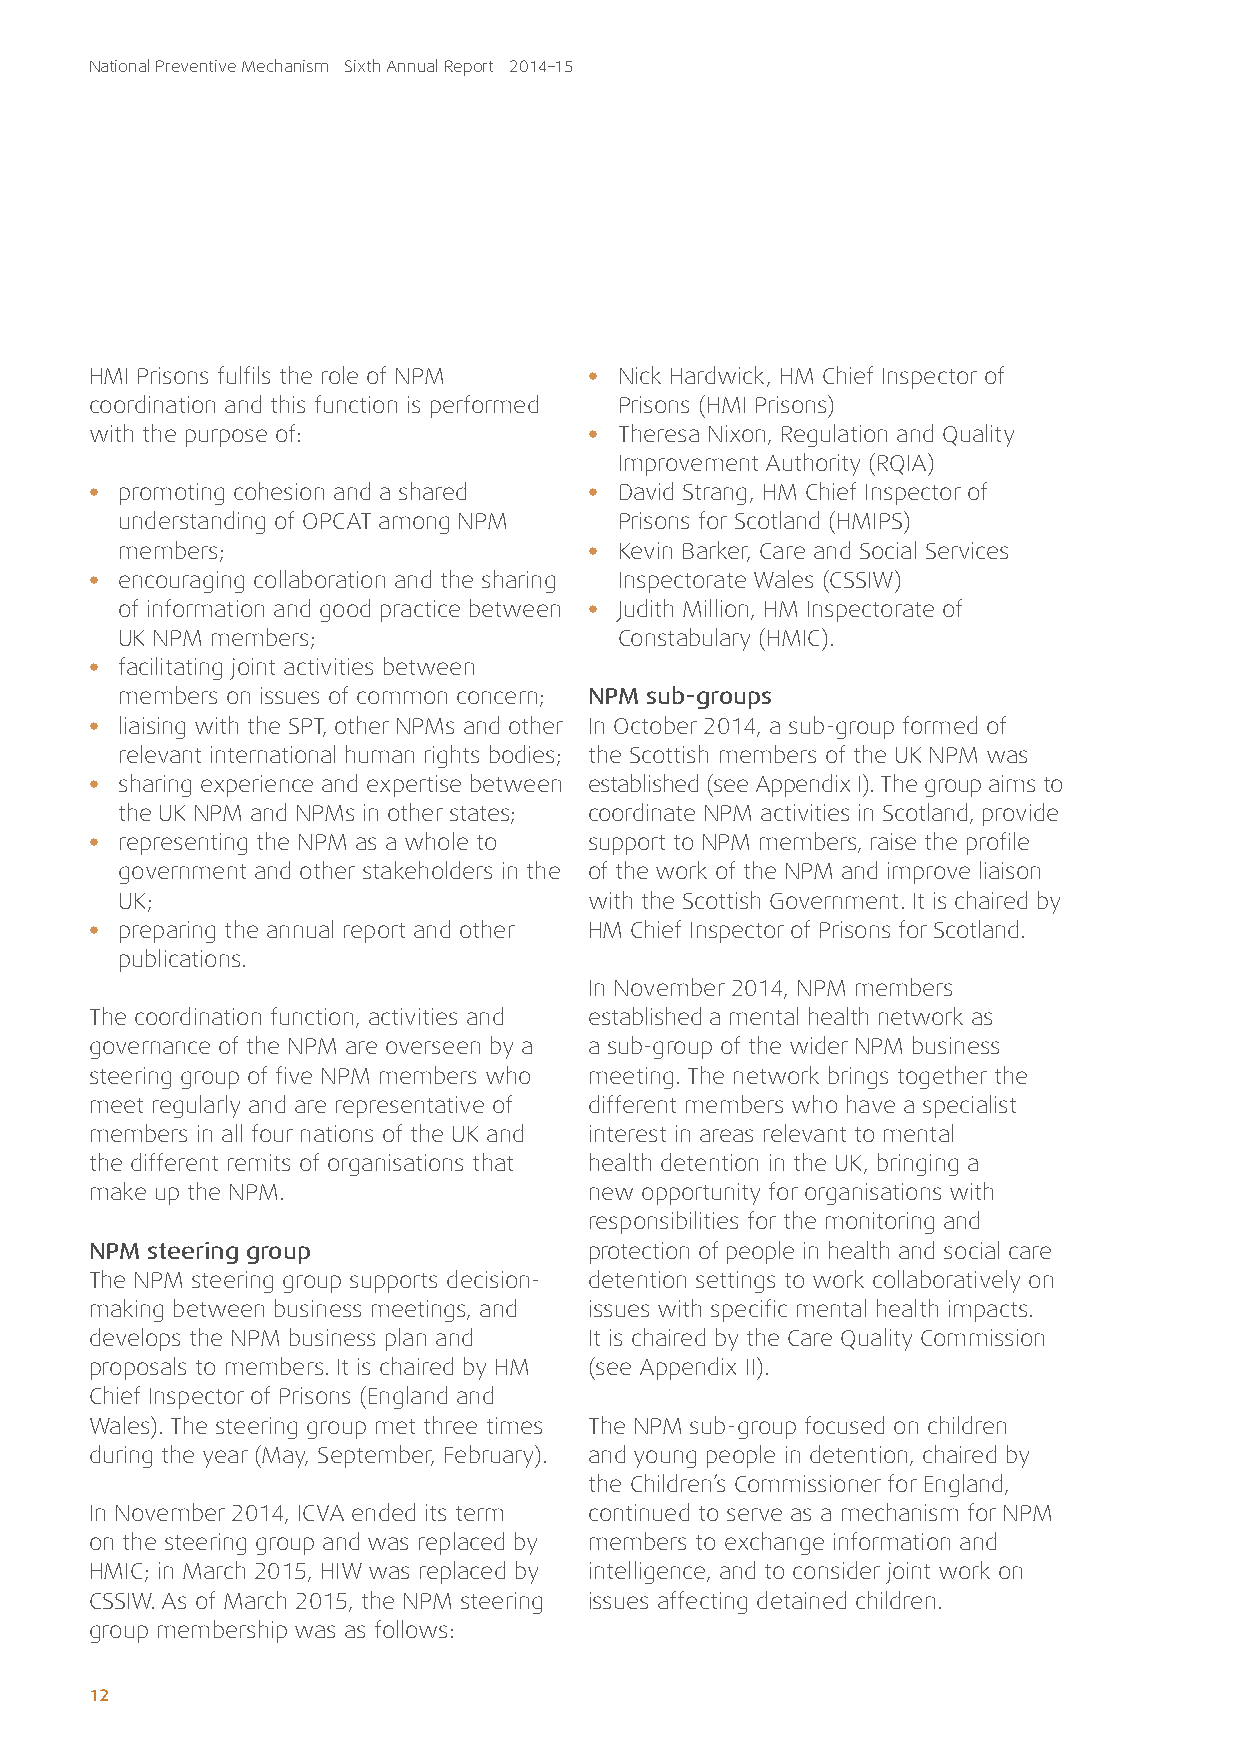
National Preventive Mechanism Sixth Annual Report 2014–15
 HMI Prisons fulfils the role of NPM • Nick Hardwick, HM Chief Inspector of
 coordination and this function is performed Prisons (HMI Prisons)
 with the purpose of:             • Theresa Nixon, Regulation and Quality
 Improvement Authority (RQIA)
 • promoting cohesion and a shared • David Strang, HM Chief Inspector of
 understanding of OPCAT among NPM Prisons for Scotland (HMIPS)
 members;                       • Kevin Barker, Care and Social Services
 • encouraging collaboration and the sharing Inspectorate Wales (CSSIW)
 of information and good practice between • Judith Million, HM Inspectorate of
 UK NPM members;                  Constabulary (HMIC).
 • facilitating joint activities between
 members on issues of common concern; NPM sub-groups
 • liaising with the SPT, other NPMs and other In October 2014, a sub-group formed of
 relevant international human rights bodies; the Scottish members of the UK NPM was
 • sharing experience and expertise between established (see Appendix I). The group aims to
 the UK NPM and NPMs in other states; coordinate NPM activities in Scotland, provide
 • representing the NPM as a whole to support to NPM members, raise the profile
 government and other stakeholders in the of the work of the NPM and improve liaison
 UK;                            with the Scottish Government. It is chaired by
 • preparing the annual report and other HM Chief Inspector of Prisons for Scotland.
 publications.
 In November 2014, NPM members
 The coordination function, activities and established a mental health network as
 governance of the NPM are overseen by a a sub-group of the wider NPM business
 steering group of five NPM members who meeting. The network brings together the
 meet regularly and are representative of different members who have a specialist
 members in all four nations of the UK and interest in areas relevant to mental
 the different remits of organisations that health detention in the UK, bringing a
 make up the NPM.                 new opportunity for organisations with
 responsibilities for the monitoring and
 NPM steering group               protection of people in health and social care
 The NPM steering group supports decision- detention settings to work collaboratively on
 making between business meetings, and issues with specific mental health impacts.
 develops the NPM business plan and It is chaired by the Care Quality Commission
 proposals to members. It is chaired by HM (see Appendix II).
 Chief Inspector of Prisons (England and
 Wales). The steering group met three times The NPM sub-group focused on children
 during the year (May, September, February). and young people in detention, chaired by
 the Children’s Commissioner for England,
 In November 2014, ICVA ended its term continued to serve as a mechanism for NPM
 on the steering group and was replaced by members to exchange information and
 HMIC; in March 2015, HIW was replaced by intelligence, and to consider joint work on
 CSSIW. As of March 2015, the NPM steering issues affecting detained children.
 group membership was as follows:
 12